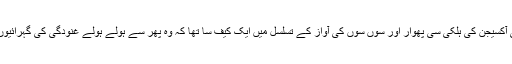
ماسک سے نکلتی آکسیجن کی ہلکی سی پھوار اور سوں سوں کی آواز کے تسلسل میں ایک کیف سا تھا کہ وہ پھر سے ہولے ہولے غنودگی کی گہرائیوں میں اترنے لگی۔